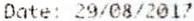
DATE: 29/08/2017